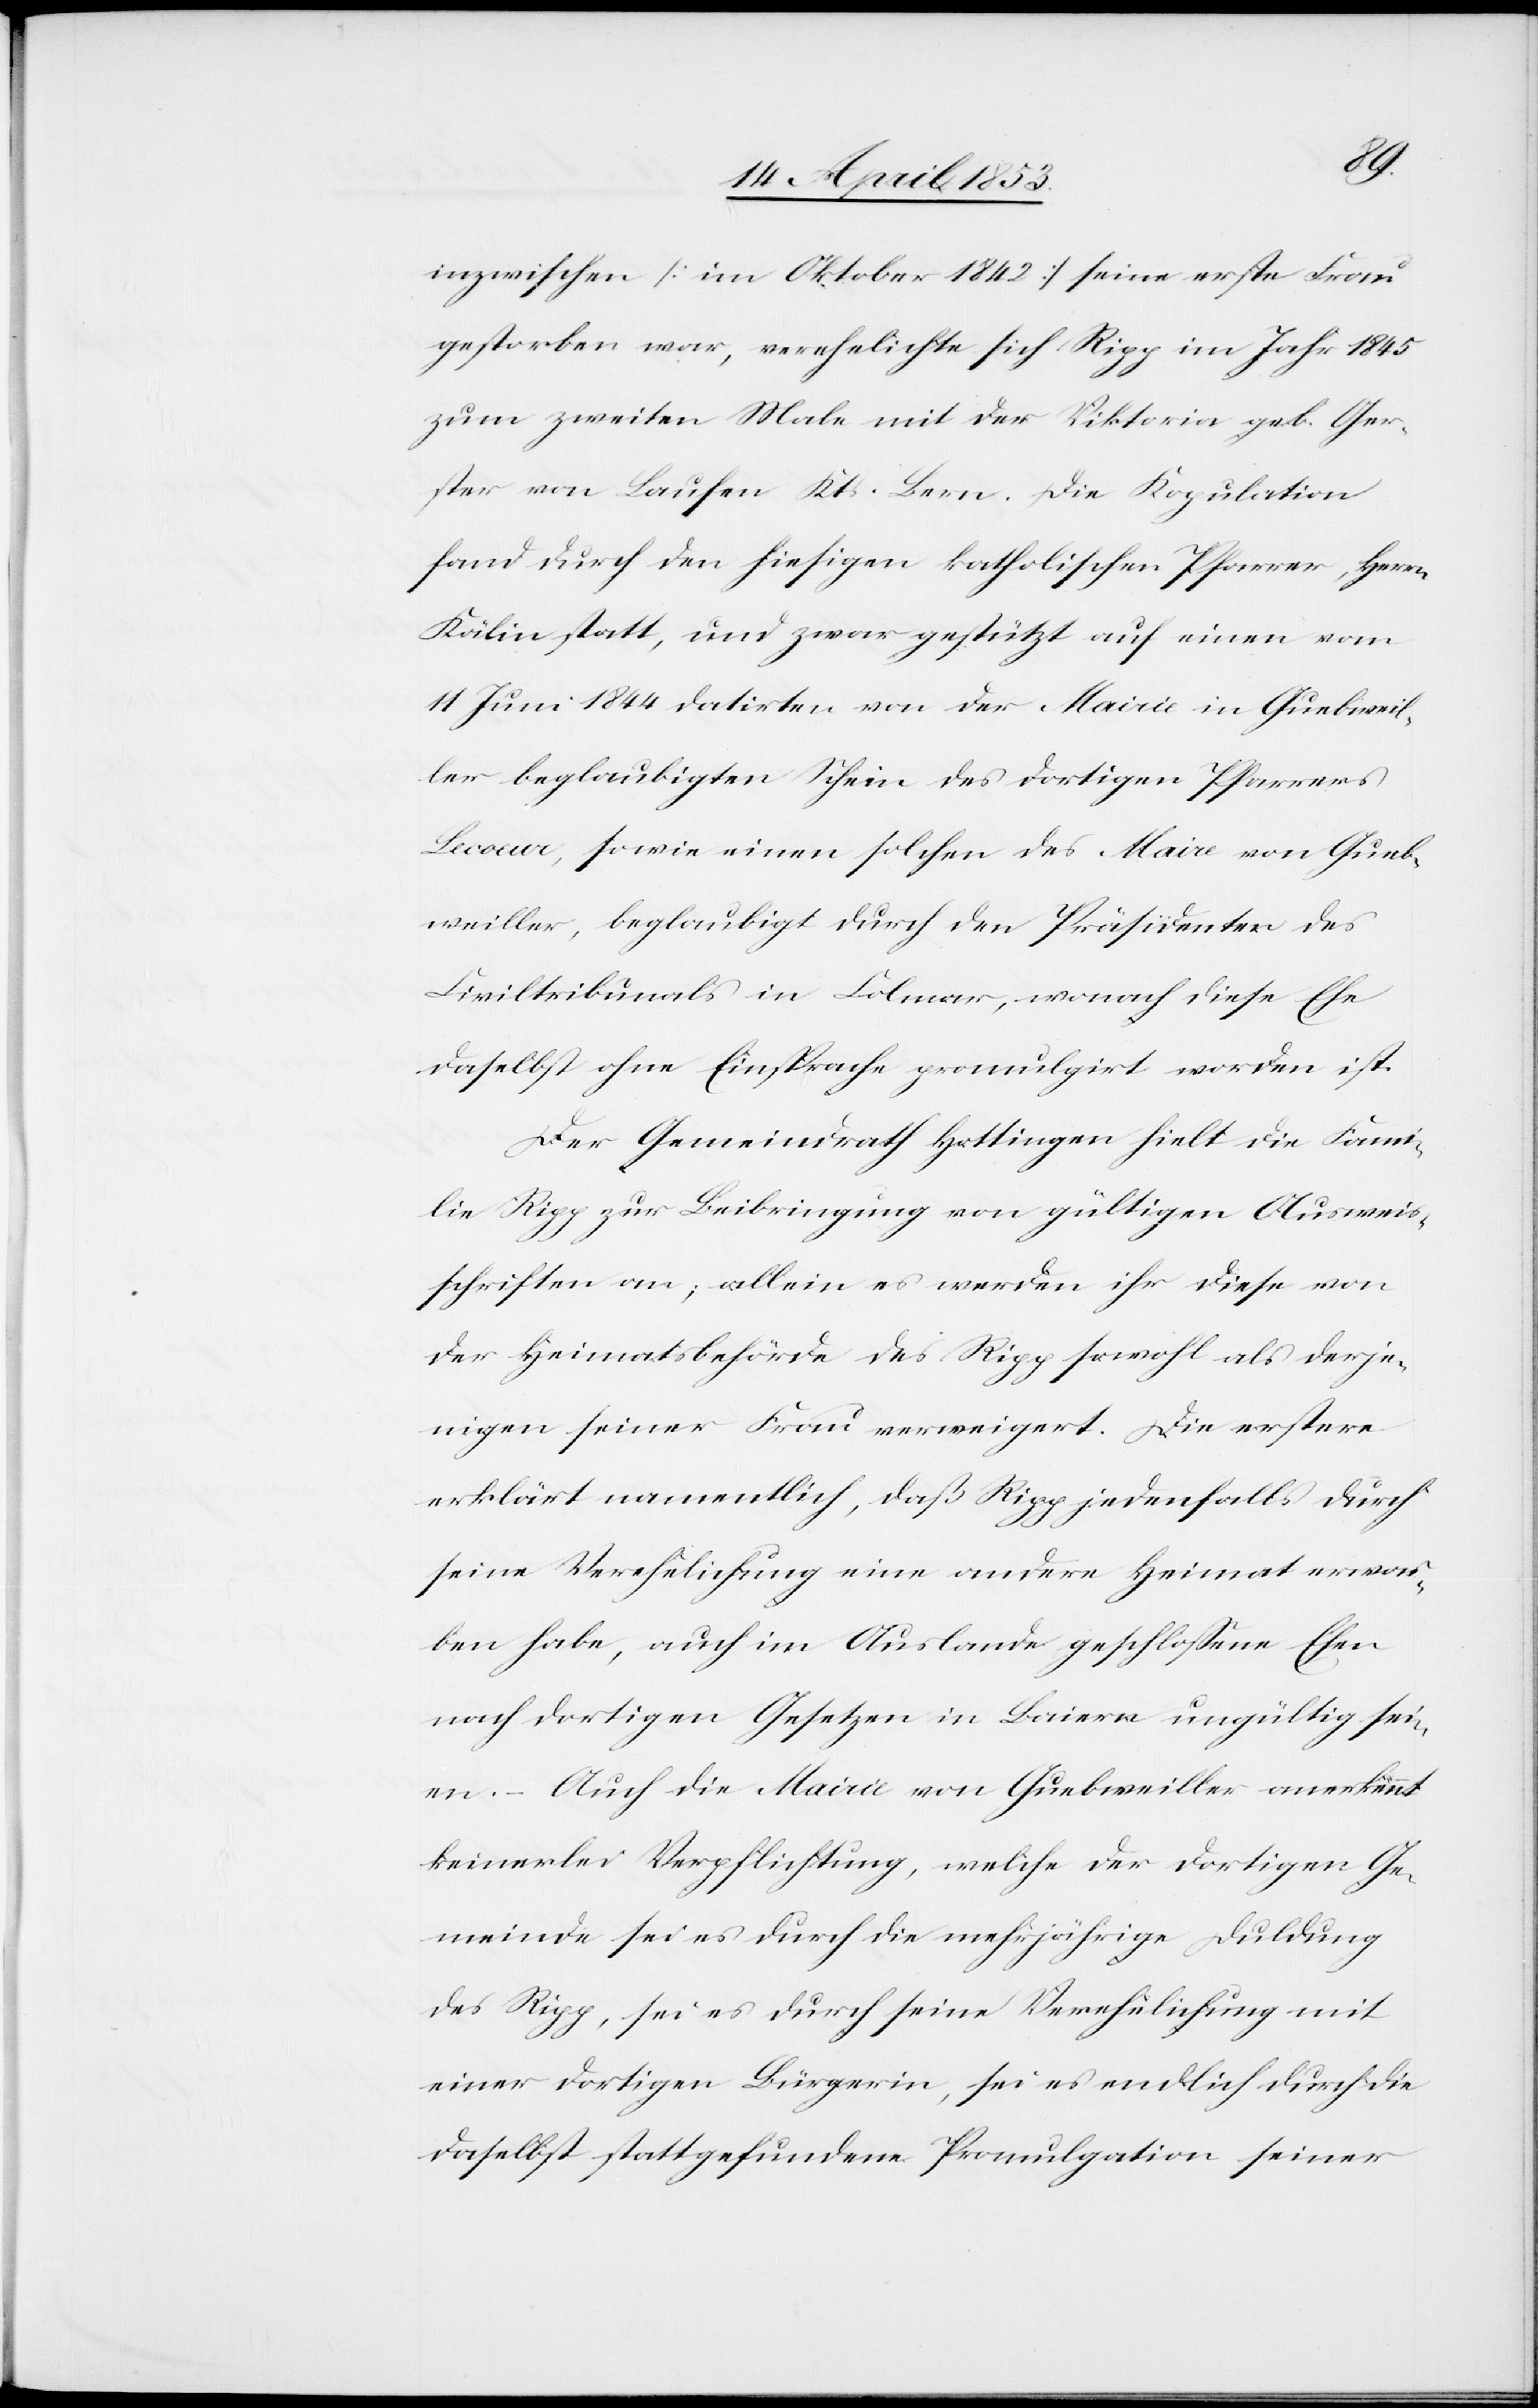
inzwischen [im Oktober 1842] seine erste Frau
gestorben war, verehelichte sich Rigg im Jahr 1845
zum zweiten Male mit der Viktoria geb. Ger¬
ster von Laufen Kts. Bern. Die Kopulation
fand durch den hiesigen katholischen Pfarrer Herrn
Kälin statt, und zwar gestützt auf einen vom
11 Juni 1844 datirten von der Mairie in Guebweil¬
ler beglaubigten Schein des dortigen Pfarrers
Lecour, sowie einen solchen des Maire von Gueb¬
weiller, beglaubigt durch den Präsidenten des
Civiltribunals in Colmar, wonach diese Ehe
daselbst ohne Einsprache promulgirt worden ist.
Der Gemeindrath Hottingen hielt die Fami¬
lie Rigg zur Beibringung von gültigen Ausweis¬
schriften an; allein es werden ihr diese von
der Heimatbehörde des Rigg sowohl als derje¬
nigen seiner Frau verweigert. Die erstere
erklärt namentlich, daß Rigg jedenfalls durch
seine Verehelichung eine andere Heimat erwor¬
ben habe, auch im Auslande geschloßene Ehen
nach dortigen Gesetzen in Baiern ungültig sei¬
en. – Auch die Mairie von Guebweiller anerkennt
keinerlei Verpflichtung, welche der dortigen Ge¬
meinde sei es durch die mehrjährige Duldung
des Rigg, sei es durch seine Verehelichung mit
einer dortigen Bürgerin, sei es endlich durch die
daselbst stattgefundene Promulgation seiner